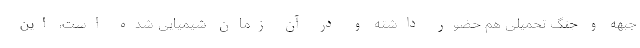
جبهه و جنگ تحمیلی هم حضور داشته و در آن زمان شیمیایی شده است، این